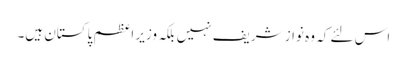
اس لئے کہ وہ نواز شریف نہیں بلکہ وزیر اعظم پاکستان ہیں۔